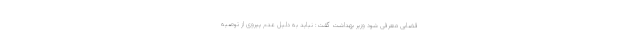
قضایی معرفی شود وزیر بهداشت گفت: نباید به دلیل عدم پیروی از توصیه